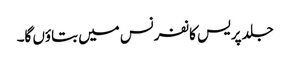
جلد پریس کانفرنس میں بتاؤں گا۔